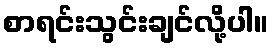
စာရင်းသွင်းချင်လို့ပါ။